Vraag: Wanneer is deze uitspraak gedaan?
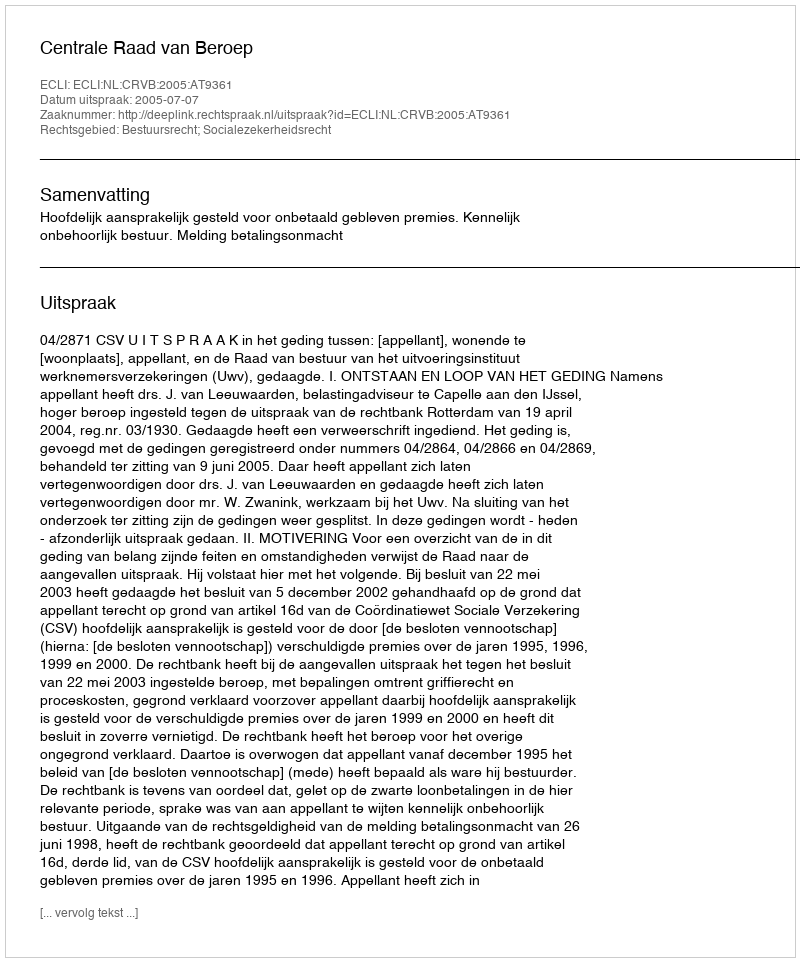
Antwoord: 2005-07-07